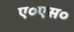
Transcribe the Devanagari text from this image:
ए०एस०